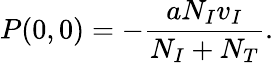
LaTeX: P(0,0)=-\frac{aN_{I}v_{I}}{N_{I}+N_{T}}.